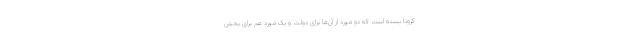
کرونا بسته است که دو مورد از آن‌ها برای دولت و یک مورد هم برای بخش